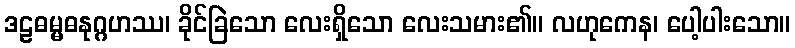
ဒဠဓမ္မဓနုဂ္ဂဟဿ၊ ခိုင်ခြဲသော လေးရှိသော လေးသမား၏။ လဟုကေန၊ ပေါ့ပါးသော။